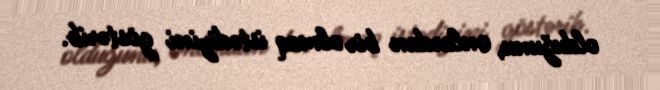
olduğunu, onlardan bir olmaq istədiyini göstərib.